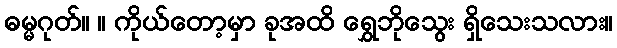
ဓမ္မဂုတ်။ ။ ကိုယ်တော့မှာ ခုအထိ ရွှေဘိုသွေး ရှိသေးသလား။